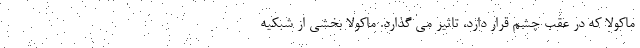
ماکولا که در عقب چشم قرار دارد، تاثیر می گذارد. ماکولا بخشی از شبکیه